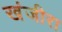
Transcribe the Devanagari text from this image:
खंजीरा